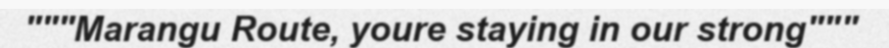
"""Marangu Route, youre staying in our strong"""